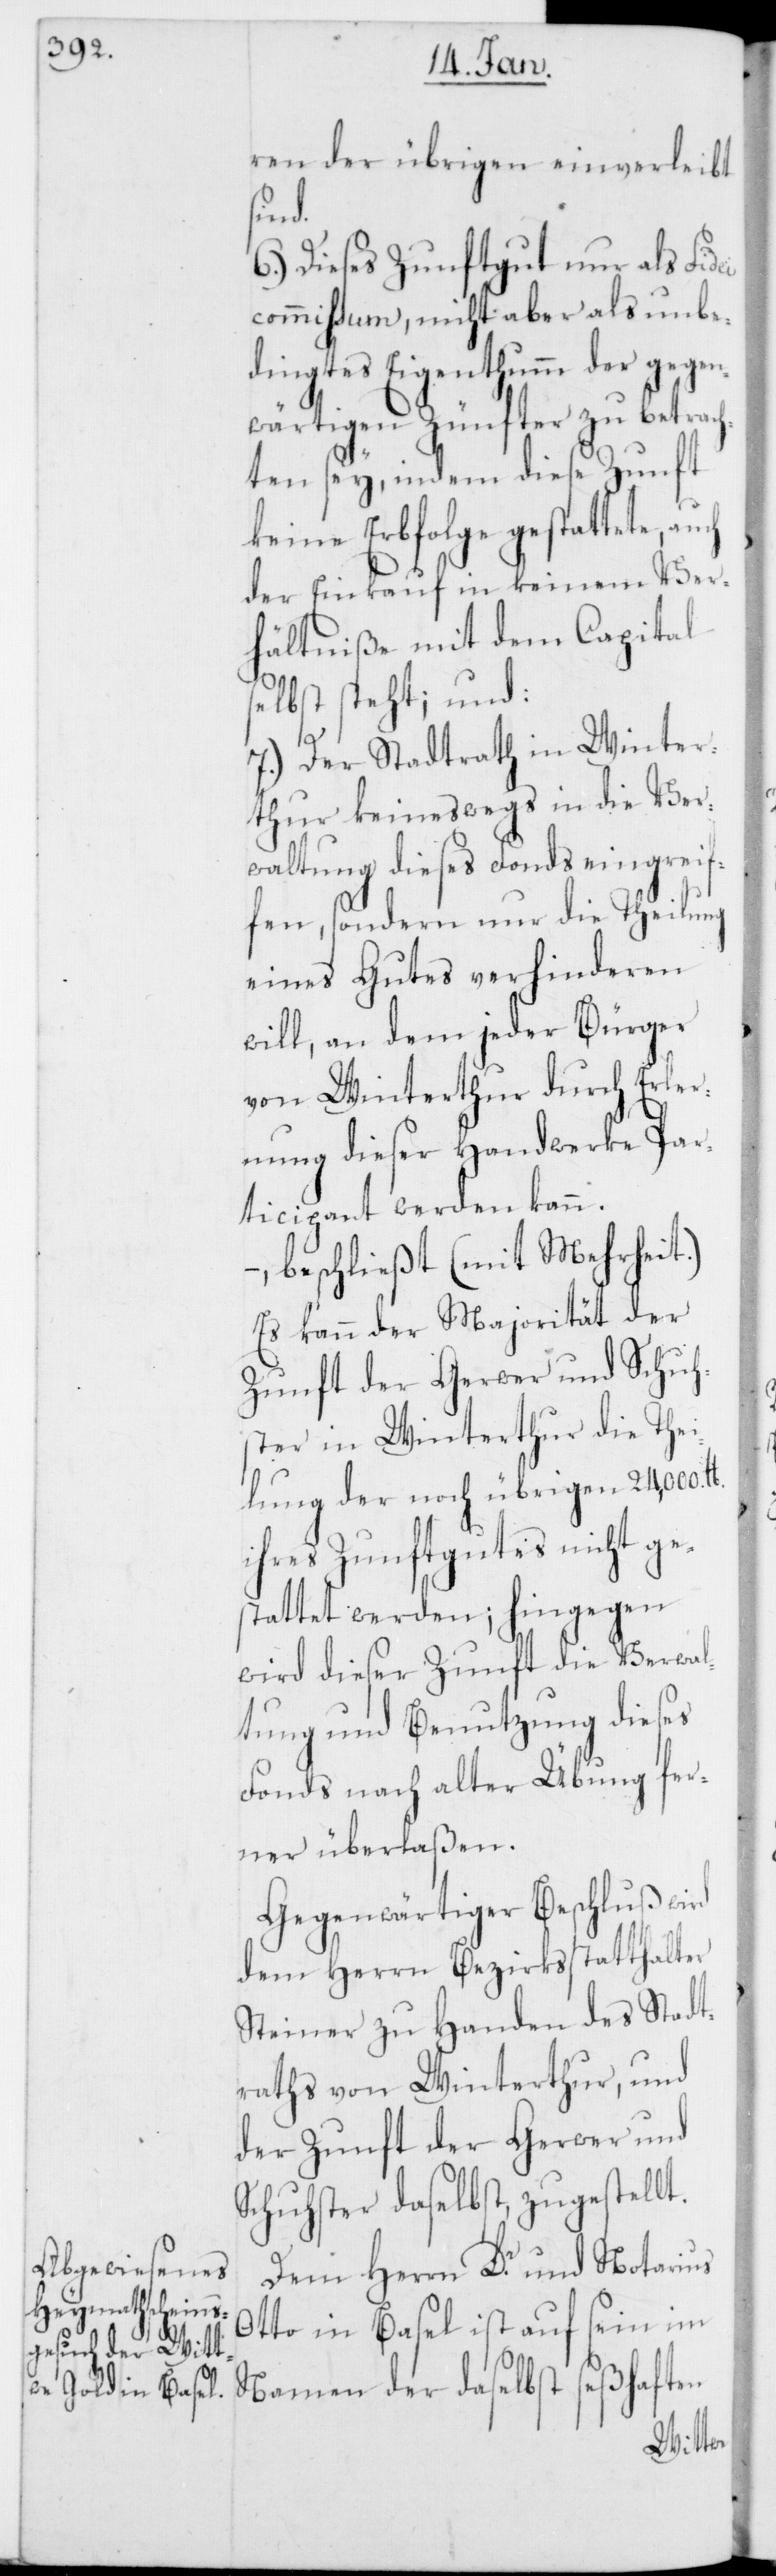
ren der übrigen einverleibt
sind.
6.) Dieses Zunftgut nur als Fidei
commißum, nicht aber als unbe¬
dingtes Eigenthumm der gegen¬
wärtigen Zünfter zu betrac¬
hten sey, indem diese Zunft
keine Erbfolge gestattete,
der Einkauf in keinem Ver¬
hältniße mit dem Capital
selbst steht; und:
7.) Der Stadtrath in Winter¬
thur keineswegs in die Ver¬
waltung dieses Fonds eingreif¬
fen, sondern nur die Theilung
eines Gutes verhinderen
will, an dem jeder Bürger
von Winterthur durch Erler¬
nung dieser Handwerke Par¬
ticipant werden kann.
beschließt (mit Mehrheit.)
Es kann der Majorität der
Zunft der Gerwer und Schu¬
ster in Winterthur die Thei¬
lung der noch übrigen 24,000 lb.
ihres Zunftgutes nicht ge¬
stattet werden; hingegen
wird dieser Zunft die Verwal¬
tung und Benutzung dieses
Fonds nach alter Übung fer¬
ner überlaßen.
Gegenwärtiger Beschluß wird
dem Herrn Bezirksstatthalter
Steiner zu Handen des Stadt¬
raths von Winterthur, und
der Zunft der Gerwer und
Schuster daselbst zugestellt.
Dem Herrn Dr. und Notarius
Otto in Basel ist auf sein im
Namen der daselbst seßhaften